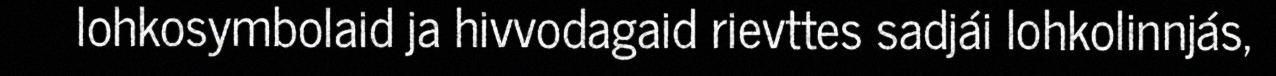
lohkosymbolaid ja hivvodagaid rievttes sadjái lohkolinnjás,